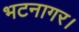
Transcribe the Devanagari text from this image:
भटनागर।